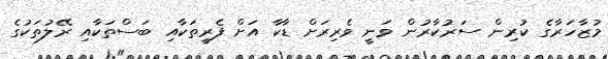
މުޒާހަރާގެ ކުރިން ސަރުކާރުން ވަނީ ވެރިރަށް ޑާކާ އަށް ފެރީތަކާއި ބަސްތަކާއި ރޭލުތަކުގެ